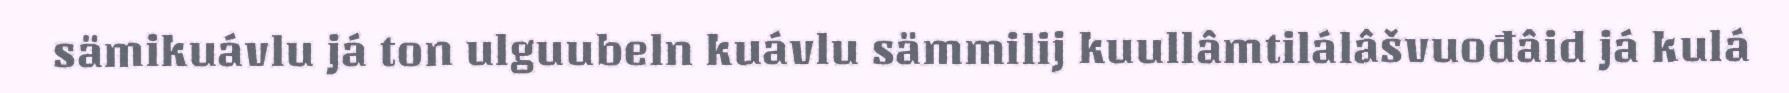
sämikuávlu já ton ulguubeln kuávlu sämmilij kuullâmtilálâšvuođâid já kulá